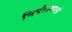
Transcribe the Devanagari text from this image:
निपीतगरलं